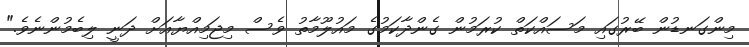
މިންގަނޑުން ބޭރުގައި މަސައްކަތް ކުރަމުން ގެންދާކަމުގެ މައުލޫމާތު ވެސް މިޖަމިއްޔާއަށް ދަނީ ލިބެމުންނެވެ."